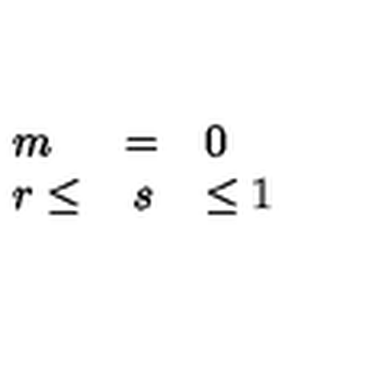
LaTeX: \begin{array} { l c l } { m } & { = } & { 0 } \\ { r \leq } & { s } & { \leq 1 } \\ \end{array}